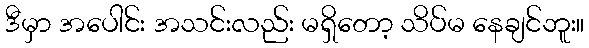
ဒီမှာ အပေါင်း အသင်းလည်း မရှိတော့ သိပ်မ နေချင်ဘူး။